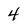
Character: 4